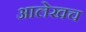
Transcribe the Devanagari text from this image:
अालेखच